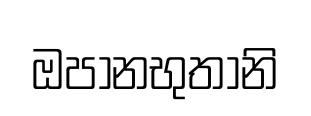
ඔපානභුතානි